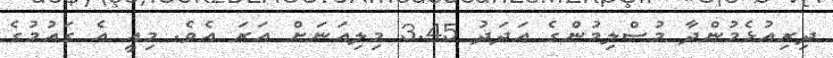
ދިރިއުޅެމުންދާ މުސްލިމުންގެ އަދަދު 3.45 މިލިއަނަށް އަރަ އެވެ. މިއީ އެ ގައުމުގެ